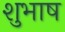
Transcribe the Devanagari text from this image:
शुभाष